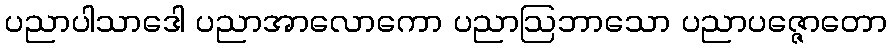
ပညာပါသာဒေါ ပညာအာလောကော ပညာဩဘာသော ပညာပဇ္ဇောတော